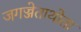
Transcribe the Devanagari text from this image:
जगज्जेताथोता